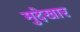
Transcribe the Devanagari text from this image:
मुदेखार